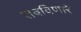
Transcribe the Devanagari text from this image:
राबविणारे